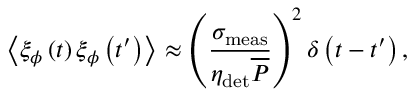
\left\langle \xi _ { \phi } \left( t \right) \xi _ { \phi } \left( t ^ { \prime } \right) \right\rangle \approx \left( \frac { \sigma _ { \mathrm { m e a s } } } { \eta _ { \mathrm { d e t } } \overline { { P } } } \right) ^ { 2 } \delta \left( t - t ^ { \prime } \right) ,